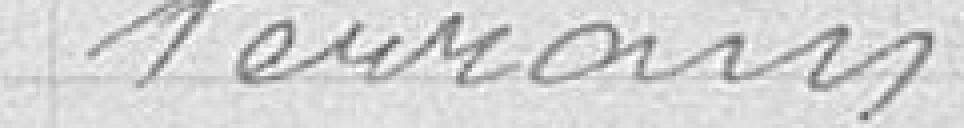
terrain.